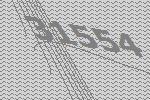
31554